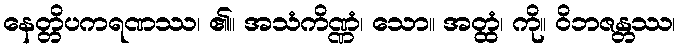
နေတ္တိပကရဏဿ၊ ၏။ အသံကိဏ္ဏံ၊ သော။ အတ္ထံ၊ ကို။ ဝိဘဇန္တဿ၊